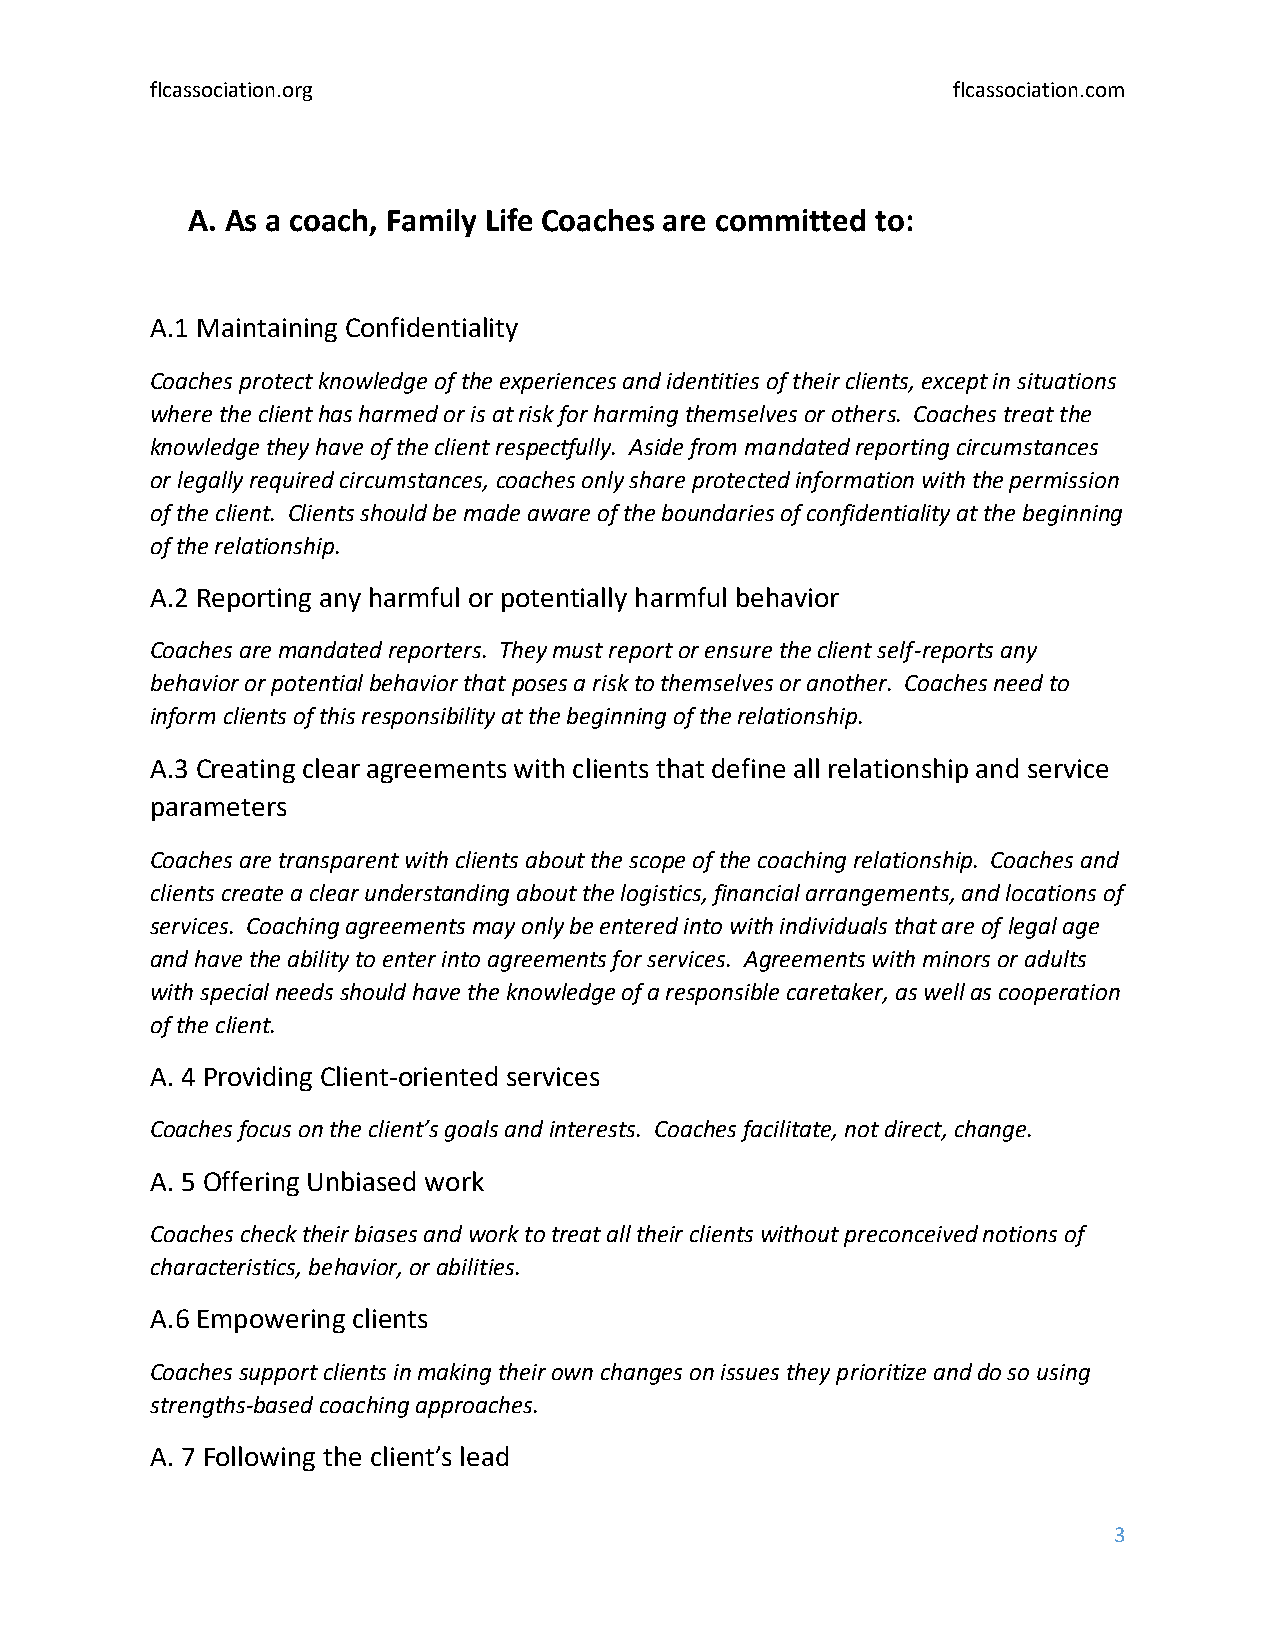
flcassociation.org                                   flcassociation.com
 A. As a coach, Family Life Coaches are committed to:
 A.1 Maintaining Confidentiality
 Coaches protect knowledge of the experiences and identities of their clients, except in situations
 where the client has harmed or is at risk for harming themselves or others. Coaches treat the
 knowledge they have of the client respectfully. Aside from mandated reporting circumstances
 or legally required circumstances, coaches only share protected information with the permission
 of the client. Clients should be made aware of the boundaries of confidentiality at the beginning
 of the relationship.
 A.2 Reporting any harmful or potentially harmful behavior
 Coaches are mandated reporters. They must report or ensure the client self-reports any
 behavior or potential behavior that poses a risk to themselves or another. Coaches need to
 inform clients of this responsibility at the beginning of the relationship.
 A.3 Creating clear agreements with clients that define all relationship and service
 parameters
 Coaches are transparent with clients about the scope of the coaching relationship. Coaches and
 clients create a clear understanding about the logistics, financial arrangements, and locations of
 services. Coaching agreements may only be entered into with individuals that are of legal age
 and have the ability to enter into agreements for services. Agreements with minors or adults
 with special needs should have the knowledge of a responsible caretaker, as well as cooperation
 of the client.
 A. 4 Providing Client-oriented services
 Coaches focus on the client’s goals and interests. Coaches facilitate, not direct, change.
 A. 5 Offering Unbiased work
 Coaches check their biases and work to treat all their clients without preconceived notions of
 characteristics, behavior, or abilities.
 A.6 Empowering clients
 Coaches support clients in making their own changes on issues they prioritize and do so using
 strengths-based coaching approaches.
 A. 7 Following the client’s lead
 3